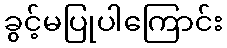
ခွင့်မပြုပါကြောင်း